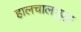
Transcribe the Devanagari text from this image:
हालचालसुद्धा